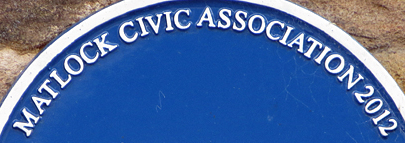
MATLOCK CIVIC ASSOCIATION 2012